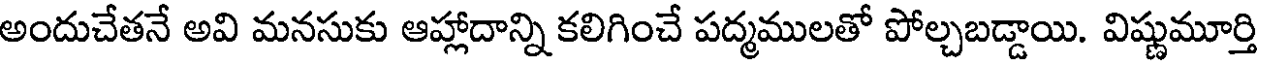
అందుచేతనే అవి మనసుకు ఆహ్లాదాన్ని కలిగించే పద్మములతో పోల్చబడ్డాయి. విష్ణుమూర్తి